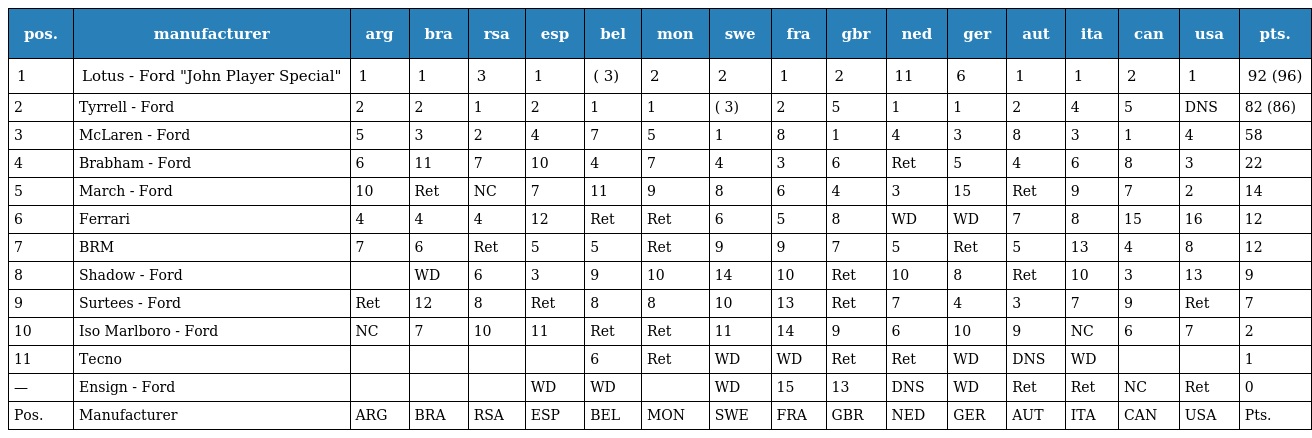
| pos. | manufacturer | arg | bra | rsa | esp | bel | mon | swe | fra | gbr | ned | ger | aut | ita | can | usa | pts. |
 | --- | --- | --- | --- | --- | --- | --- | --- | --- | --- | --- | --- | --- | --- | --- | --- | --- | --- |
 | 1 | Lotus - Ford "John Player Special" | 1 | 1 | 3 | 1 | ( 3) | 2 | 2 | 1 | 2 | 11 | 6 | 1 | 1 | 2 | 1 | 92 (96) |
 | 2 | Tyrrell - Ford | 2 | 2 | 1 | 2 | 1 | 1 | ( 3) | 2 | 5 | 1 | 1 | 2 | 4 | 5 | DNS | 82 (86) |
 | 3 | McLaren - Ford | 5 | 3 | 2 | 4 | 7 | 5 | 1 | 8 | 1 | 4 | 3 | 8 | 3 | 1 | 4 | 58 |
 | 4 | Brabham - Ford | 6 | 11 | 7 | 10 | 4 | 7 | 4 | 3 | 6 | Ret | 5 | 4 | 6 | 8 | 3 | 22 |
 | 5 | March - Ford | 10 | Ret | NC | 7 | 11 | 9 | 8 | 6 | 4 | 3 | 15 | Ret | 9 | 7 | 2 | 14 |
 | 6 | Ferrari | 4 | 4 | 4 | 12 | Ret | Ret | 6 | 5 | 8 | WD | WD | 7 | 8 | 15 | 16 | 12 |
 | 7 | BRM | 7 | 6 | Ret | 5 | 5 | Ret | 9 | 9 | 7 | 5 | Ret | 5 | 13 | 4 | 8 | 12 |
 | 8 | Shadow - Ford |  | WD | 6 | 3 | 9 | 10 | 14 | 10 | Ret | 10 | 8 | Ret | 10 | 3 | 13 | 9 |
 | 9 | Surtees - Ford | Ret | 12 | 8 | Ret | 8 | 8 | 10 | 13 | Ret | 7 | 4 | 3 | 7 | 9 | Ret | 7 |
 | 10 | Iso Marlboro - Ford | NC | 7 | 10 | 11 | Ret | Ret | 11 | 14 | 9 | 6 | 10 | 9 | NC | 6 | 7 | 2 |
 | 11 | Tecno |  |  |  |  | 6 | Ret | WD | WD | Ret | Ret | WD | DNS | WD |  |  | 1 |
 | — | Ensign - Ford |  |  |  | WD | WD |  | WD | 15 | 13 | DNS | WD | Ret | Ret | NC | Ret | 0 |
 | Pos. | Manufacturer | ARG | BRA | RSA | ESP | BEL | MON | SWE | FRA | GBR | NED | GER | AUT | ITA | CAN | USA | Pts. |